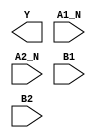
module sky130_fd_sc_hdll__a2bb2oi (
    Y   ,
    A1_N,
    A2_N,
    B1  ,
    B2
);

    output Y   ;
    input  A1_N;
    input  A2_N;
    input  B1  ;
    input  B2  ;

    // Voltage supply signals
    supply1 VPWR;
    supply0 VGND;
    supply1 VPB ;
    supply0 VNB ;

endmodule